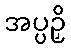
အပ္ပဉှိ